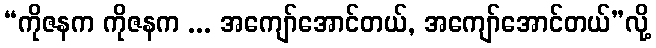
“ကိုဇနက ကိုဇနက ... အကျော်အောင်တယ်, အကျော်အောင်တယ်”လို့